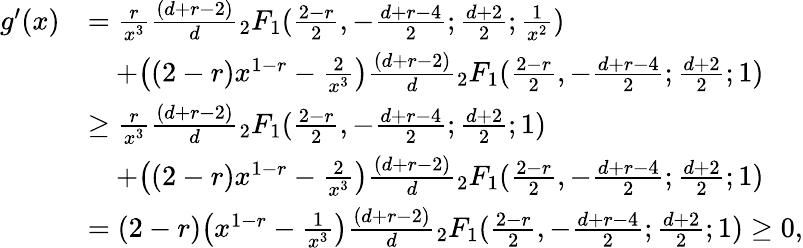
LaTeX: \begin{array}{rl}{g^{\prime}(x)}&{=\frac{r}{x^{3}}\frac{(d+r-2)}{d}{_2F_{1}}(\frac{2-r}{2},-\frac{d+r-4}{2};\frac{d+2}{2};\frac{1}{x^{2}})}\\ &{\quad+\big((2-r)x^{1-r}-\frac{2}{x^{3}}\big)\frac{(d+r-2)}{d}{_2F_{1}}(\frac{2-r}{2},-\frac{d+r-4}{2};\frac{d+2}{2};1)}\\ &{\geq\frac{r}{x^{3}}\frac{(d+r-2)}{d}{_2F_{1}}(\frac{2-r}{2},-\frac{d+r-4}{2};\frac{d+2}{2};1)}\\ &{\quad+\big((2-r)x^{1-r}-\frac{2}{x^{3}}\big)\frac{(d+r-2)}{d}{_2F_{1}}(\frac{2-r}{2},-\frac{d+r-4}{2};\frac{d+2}{2};1)}\\ &{=(2-r)\big(x^{1-r}-\frac{1}{x^{3}}\big)\frac{(d+r-2)}{d}{_2F_{1}}(\frac{2-r}{2},-\frac{d+r-4}{2};\frac{d+2}{2};1)\geq 0,}\end{array}